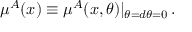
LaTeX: \mu ^ { A } ( x ) \equiv \mu ^ { A } ( x , \theta ) | _ { \theta = d \theta = 0 } \, .